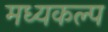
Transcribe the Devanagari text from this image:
मध्यकल्प